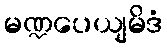
မဏ္ဍပေယျမိဒံ